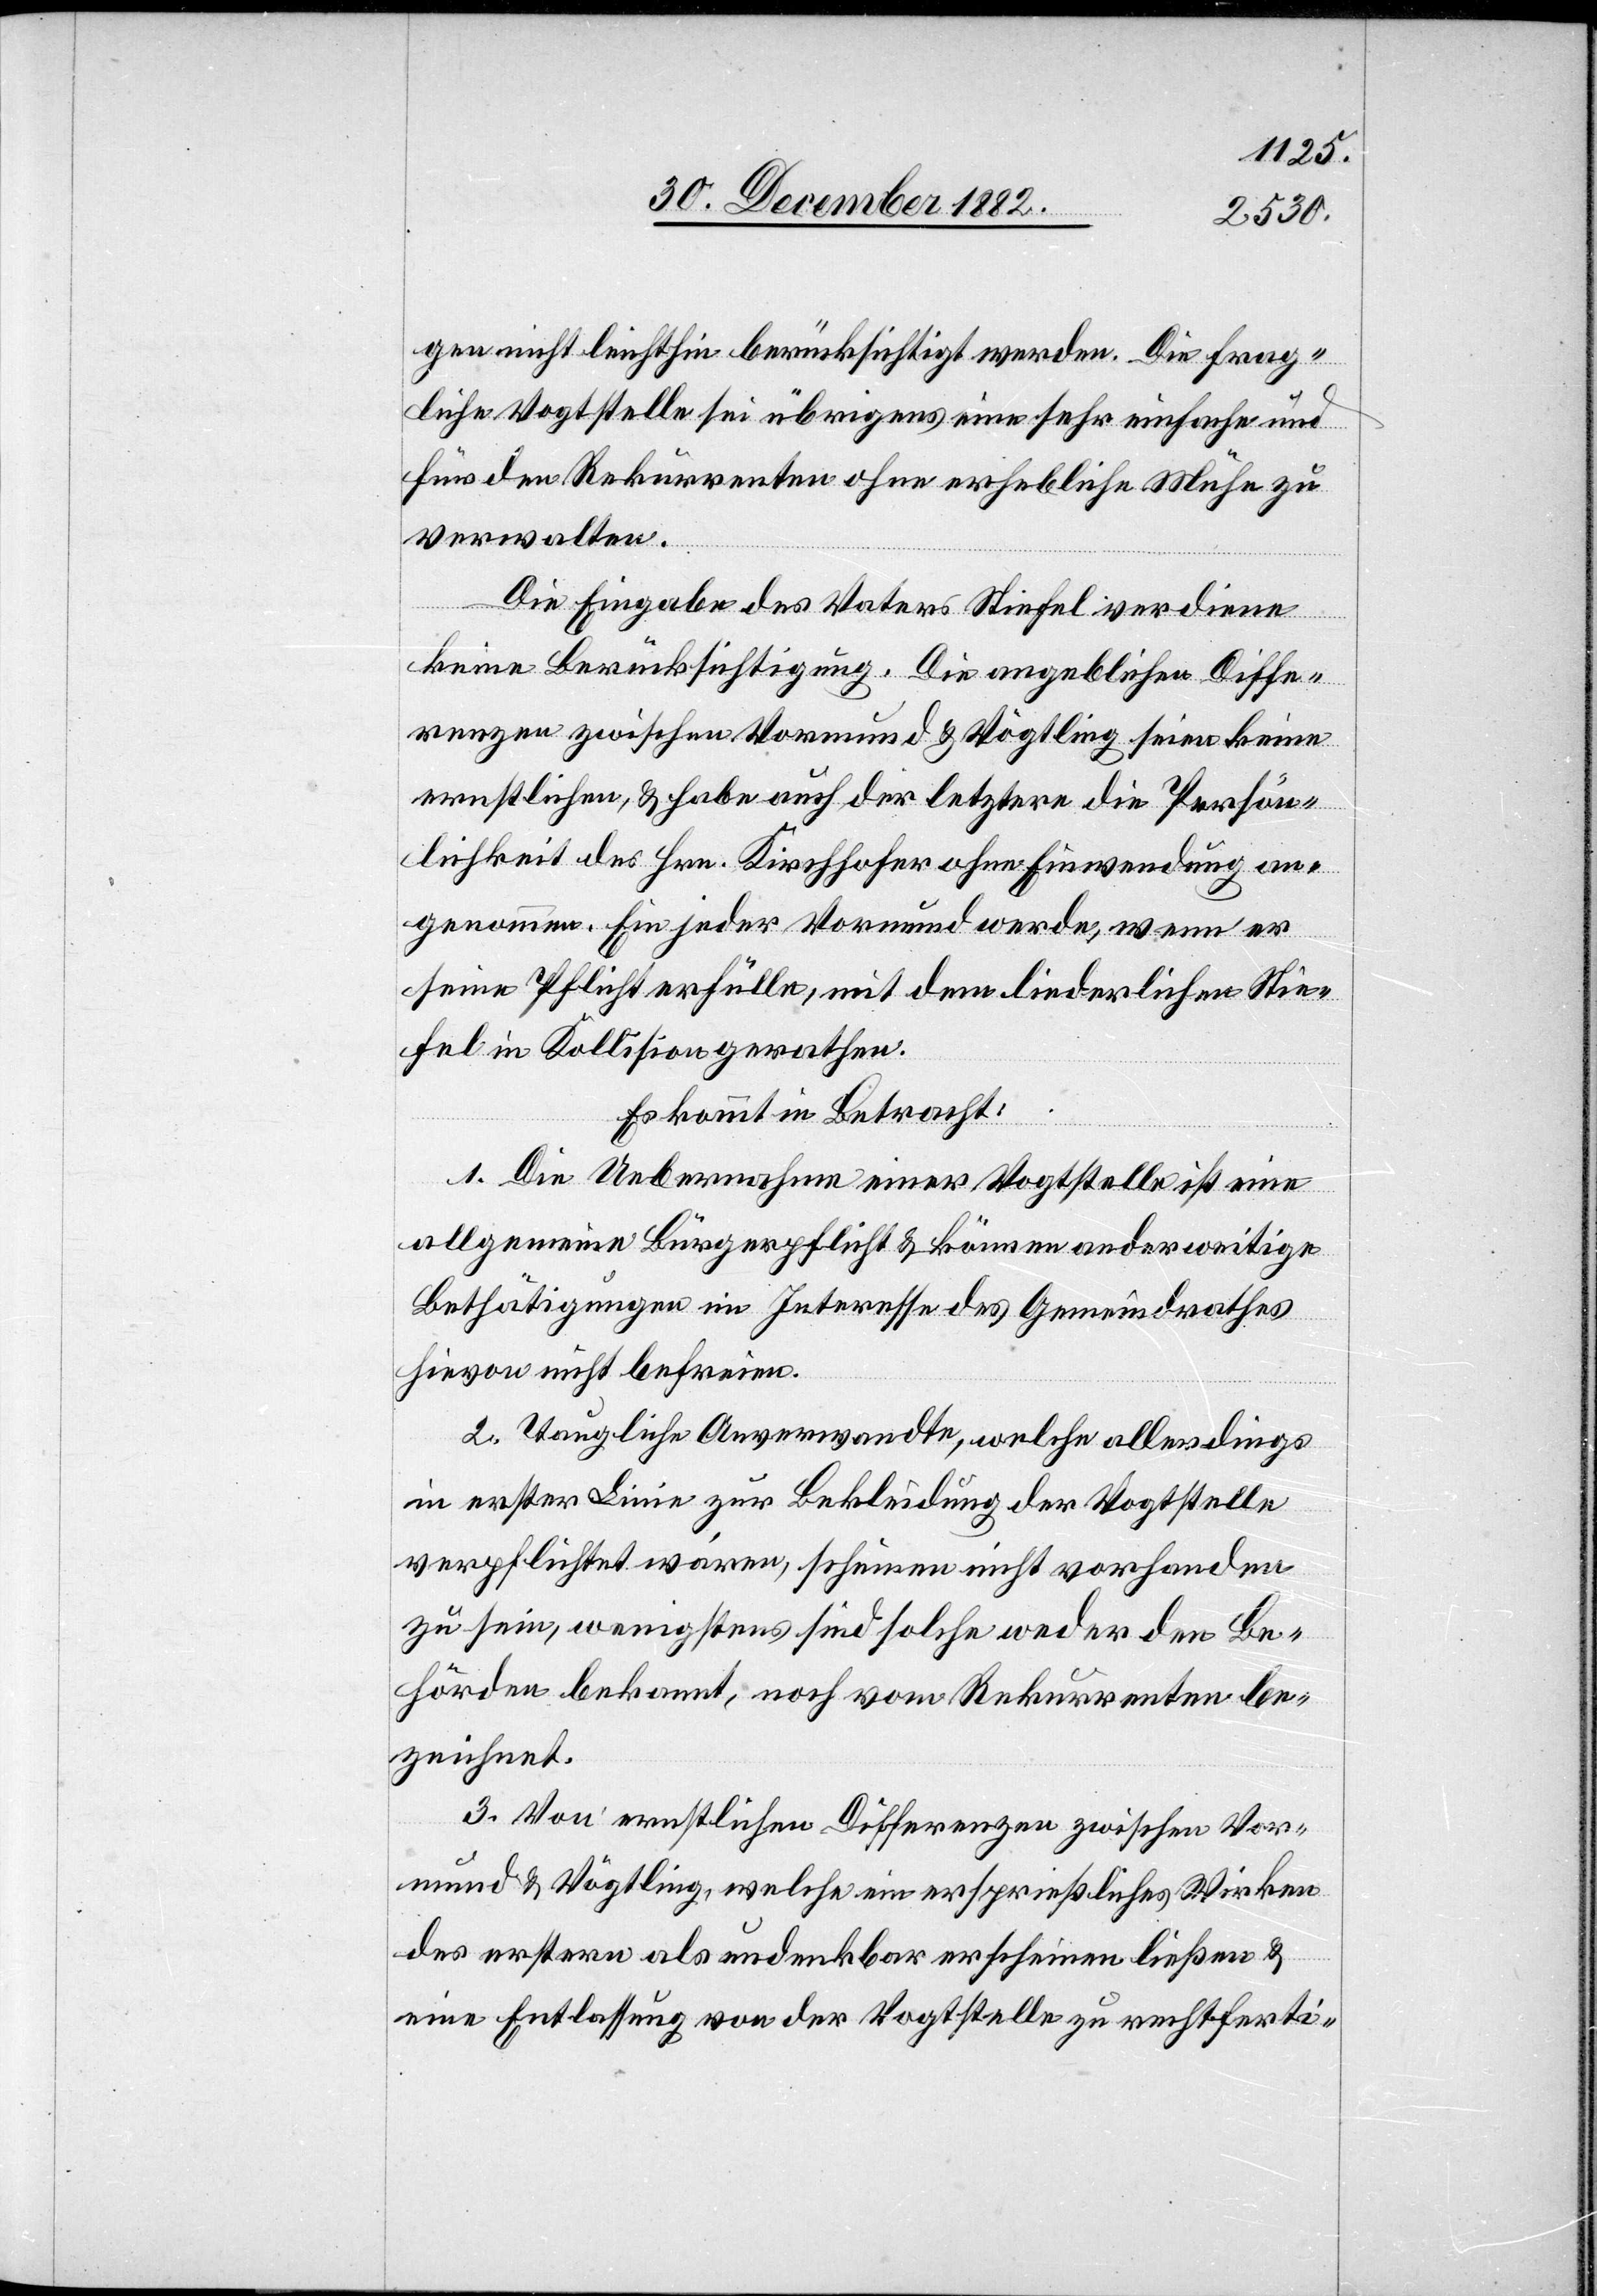
gen nicht leichthin berücksichtigt werden. Die frag¬
liche Vogtstelle sei übrigens eine sehr einfache und
für den Rekurrenten ohne erhebliche Mühe zu
verwalten.
Die Eingabe des Vaters Stiefel verdiene
keine Berücksichtigung. Die angeblichen Diffe¬
renzen zwischen Vormund & Vögtling seien keine
ernstlichen, & habe auch der letztere die Persön¬
lichkeit des Hrn. Kirchhofer ohne Einwendung an¬
genommen. Ein jeder Vormund werde, wenn er
seine Pflicht erfülle, mit dem liederlichen Stie¬
fel in Kollision gerathen.
Es kommt in Betracht:
1. Die Uebernahme einer Vogtstelle ist eine
allgemeine Bürgerpflicht & können anderweitige
Bethätigungen im Interesse des Gemeindrathes
hievon nicht befreien.
2. Taugliche Anverwandte, welche allerdings
in erster Linie zur Bekleidung der Vogtstelle
verpflichtet wären, scheinen nicht vorhanden
zu sein, wenigstens sind solche weder den Be¬
hörden bekannt, noch vom Rekurrenten be¬
zeichnet.
3. Von ernstlichen Differenzen zwischen Vor¬
mund & Vögtling, welche ein ersprießliches Wirken
des erstern als undenkbar erscheinen ließen &
eine Entlassung von der Vogtstelle zu rechtferti-